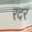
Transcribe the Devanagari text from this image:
रदर